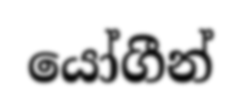
යෝගීන්